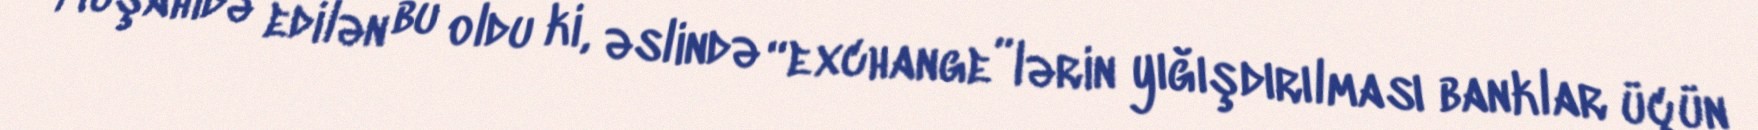
Müşahidə edilən bu oldu ki, əslində “exchange”lərin yığışdırılması banklar üçün